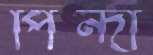
পিন্দা